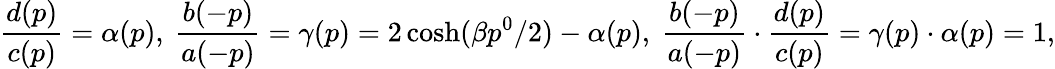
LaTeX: \frac{d(p)}{c(p)}=\alpha(p),\ \frac{b(-p)}{a(-p)}=\gamma(p)=2\cosh(\beta p^{0}/2)-\alpha(p),\ \frac{b(-p)}{a(-p)}\cdot\frac{d(p)}{c(p)}=\gamma(p)\cdot\alpha(p)=1,